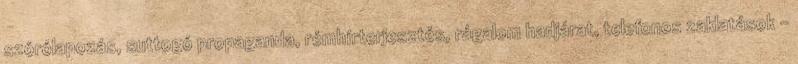
szórólapozás, suttogó propaganda, rémhírterjesztés, rágalom hadjárat, telefonos zaklatások –